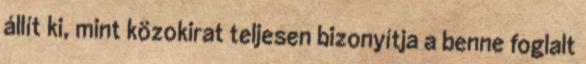
állít ki, mint közokirat teljesen bizonyítja a benne foglalt